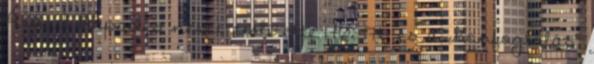
Árpád Arpades nevét említette 170, 176 és a „honfoglalás"